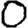
Digit: 0